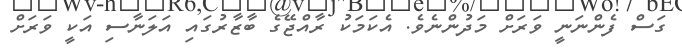
ގަސް ފެންނަނީ ވަރަށް މަދުންނެވެ. އެކަމަކު ރާއްޖޭގެ ބާޒާރުގައި އަލަނާސި އަކީ ވަރަށް